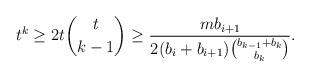
LaTeX: \begin{align*}t^k\ge 2t\binom{t}{k-1}\ge \frac{mb_{i+1}}{2(b_i+b_{i+1})\binom{b_{k-1}+b_k}{b_k}}.\end{align*}